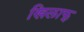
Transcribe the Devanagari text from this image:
खिलाफ्